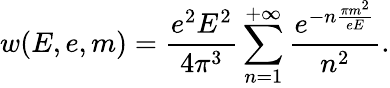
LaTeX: w(E,e,m)=\frac{e^{2}E^{2}}{4\pi^{3}}\sum_{n=1}^{+\infty}\frac{e^{-n\frac{\pi m^{2}}{eE}}}{n^{2}}.